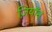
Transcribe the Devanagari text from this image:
ज़ियॉन